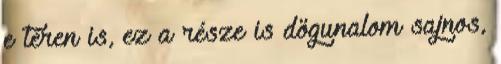
e téren is, ez a része is dögunalom sajnos,